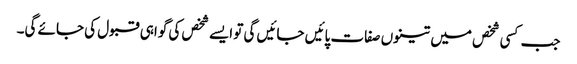
جب کسی شخص میں تینوں صفات پائیں جائیں گی تو ایسے شخص کی گواہی قبول کی جائے گی۔